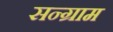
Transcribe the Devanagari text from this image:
सन्ग्राम